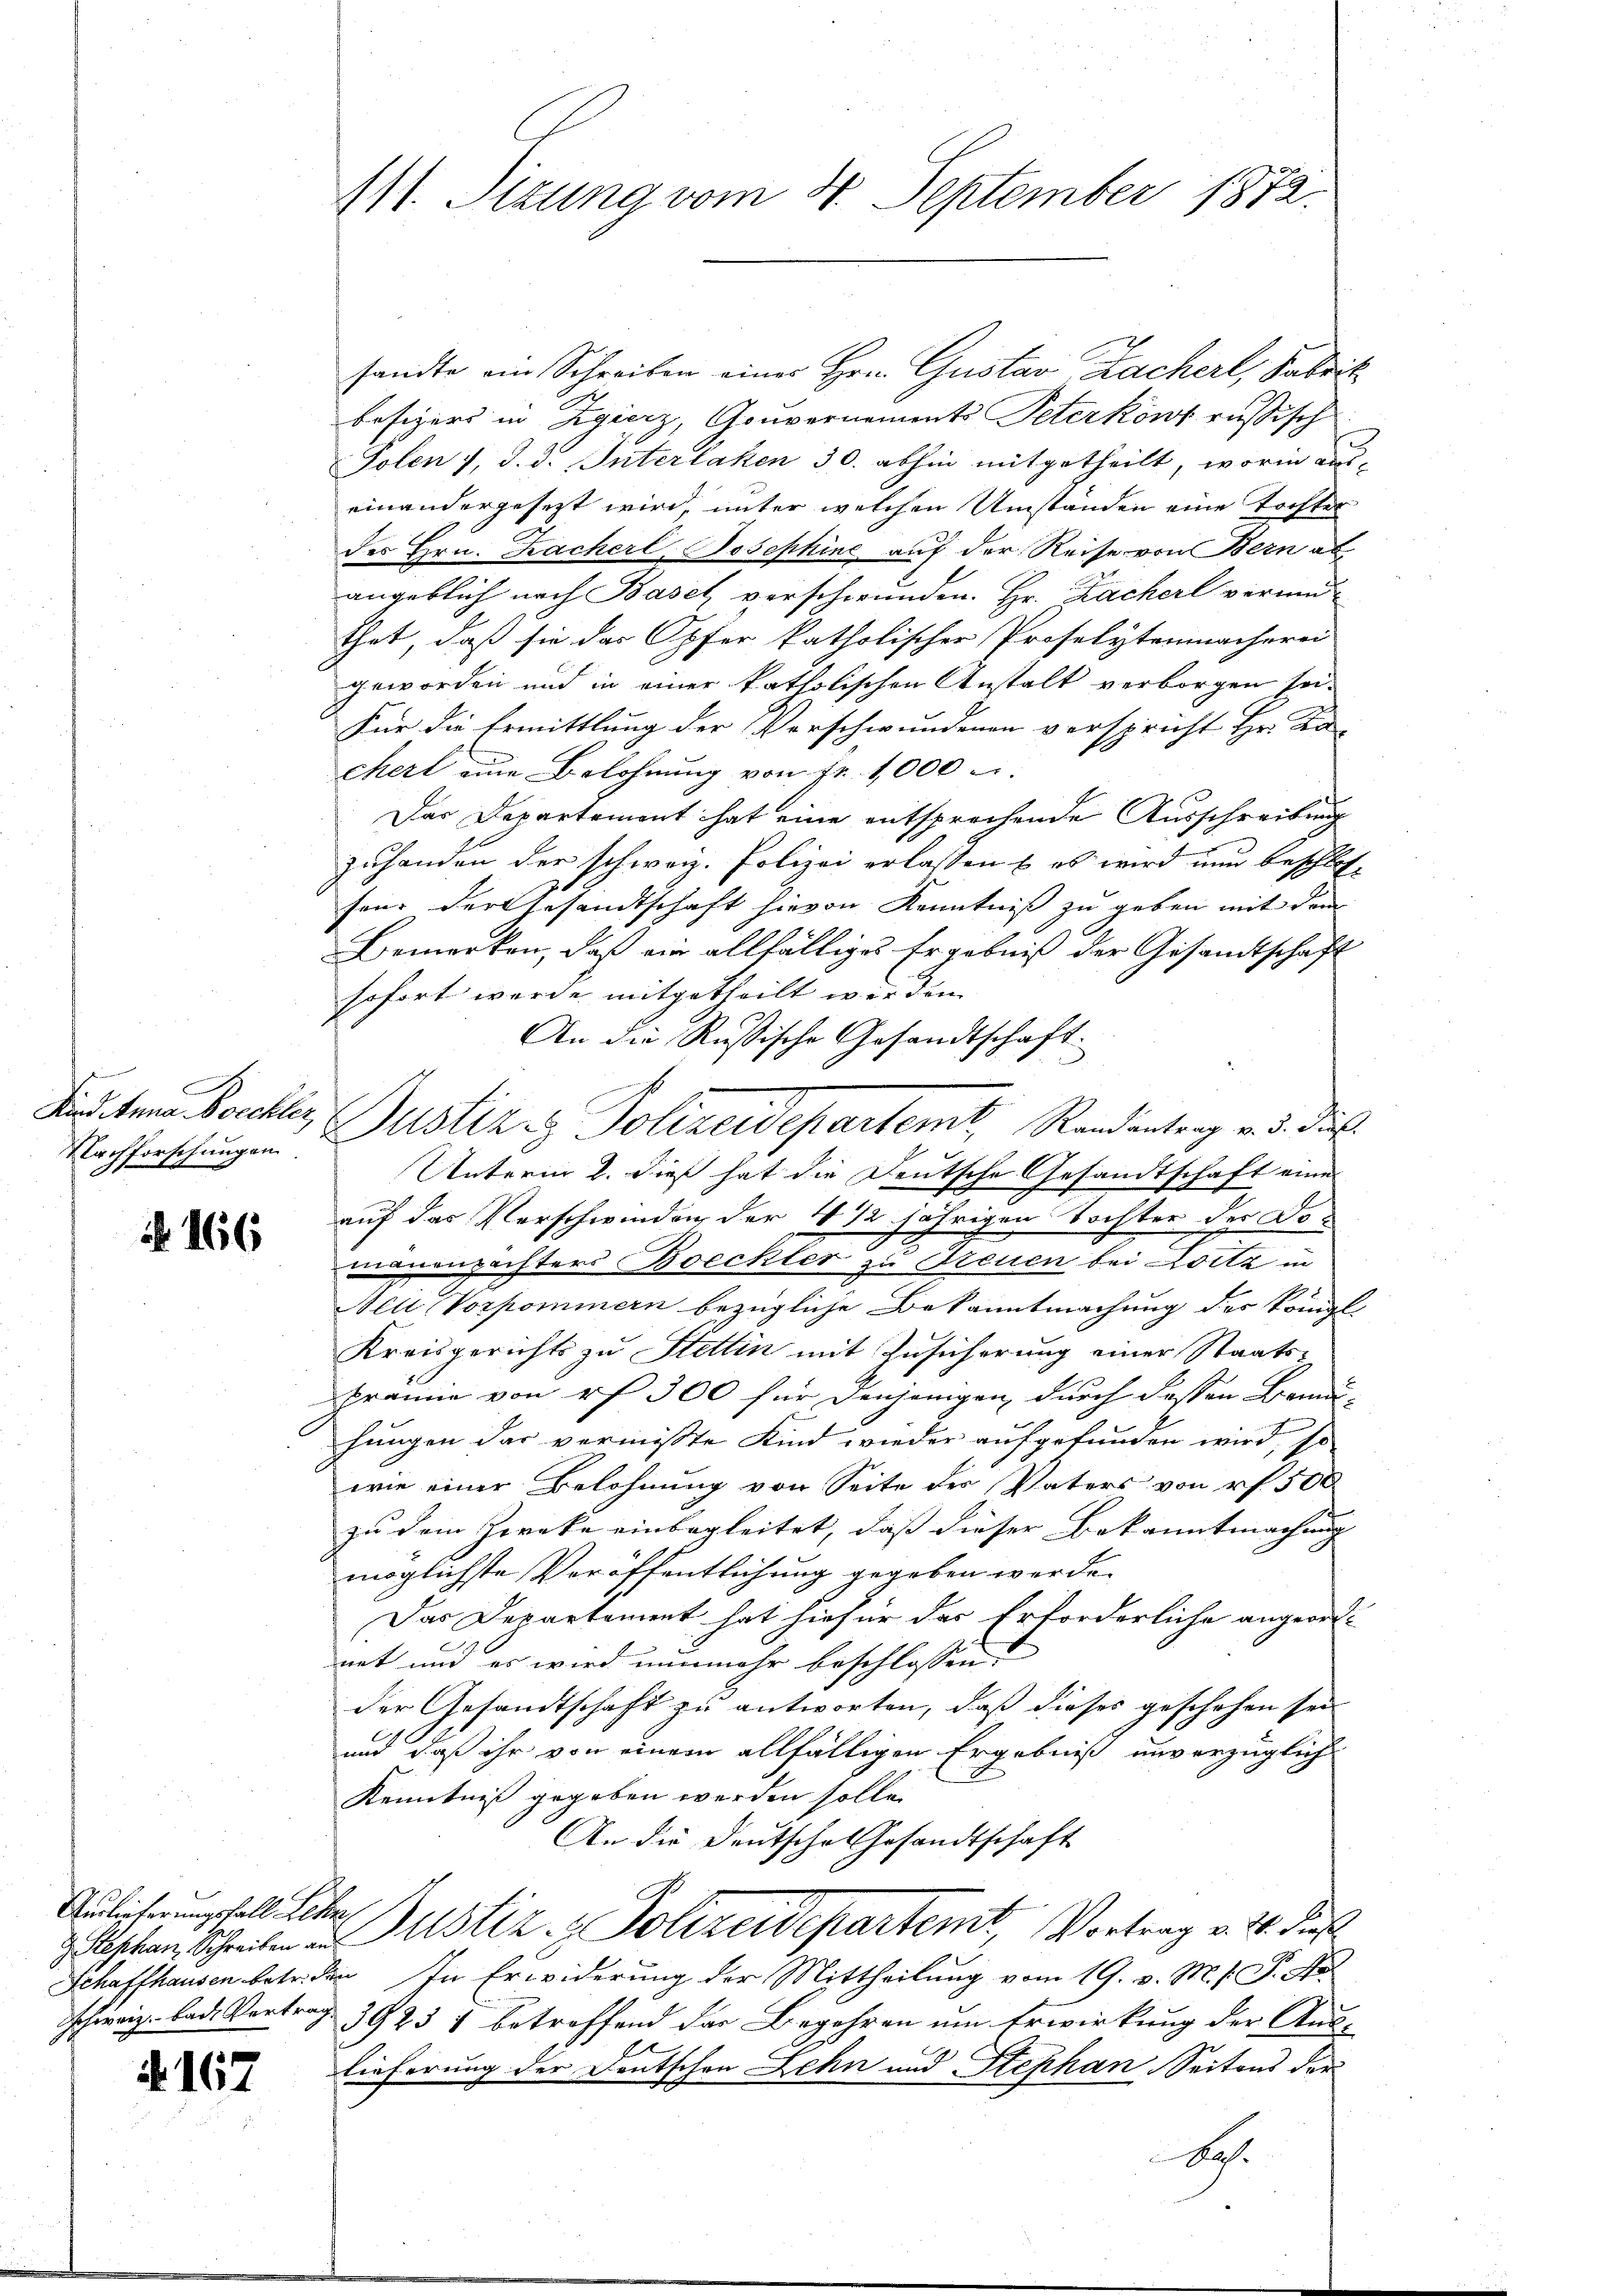
f
Nachforschungen

N 166

Auslieferungsfall Lehen,

if. 167

sandte am Schreiben eines Hrn. Gustav Lacherl, Fabrik
besizers in Regierz, Gouvernements Peterkons russisch
Polen 1, d. d. Interlaken 30. abhin mitgetheilt, worin aus-
einandergesetzt wird, unter welchen Umständen eine Tochter
des Hrn. Kacherl, Josephine auf der Reise von Bern ab
angeblich nach Basel verschwunden. Hr. Racherl verund-
thet, daß sie das Opfer katholischer Proselytenmacherei
geworden und in einer katholischen Anstalt verborgen sei.
Für die Ermittlung der Verschwundenen verspricht Hr. Ka
chert eine Belohnung von Fr. 1000
Das Departement hat eine entsprechende Ausschreibung
zuhanden der schweiz. Polizei erlassen & es wird nun beschlos-
hen: Der Gesandtschaft hievon Kenntniß zu geben mit dem
Bemerken, daß ein allfälliges Ergebniß der Gesamtschaft
sofort werde mitgetheilt worden.
An die Russische Gesandtschaft.
Sind dem Bochler, Justiz & Polizeidepartemt, Randantrag v. d. dies
Unterm 2. dieß hat die Deutsche Gesandtschaft eine
auf das Verschwinden der 4 1/2 jährigen Tochter der Doi
manenpächters Boeckter zu Treuen bei Loitz in
Nei Vorkommern bezügliche Bekanntmachung des Königl.
Kreisgerichts zu Stettin mit Zusicherung einer Staatsprämie von rf 300 für denjenigen durch dessen Bemühungen das vermisste Kind wieder aufgefunden wird, so
wie einer Belohnung von Seite des Vaters von e f 500
zu dem Zwecke einbegleitet, dass dieser Bekanntmachung |
möglichste Veröffentlichung gegeben werde.
Das Departement hat hiefür das Erforderliche angeord-
net und es wird nunmehr beschlossen:
der Gesandtschaft zu antworten, daß dieses geschehen sei
und daß ihr von einem allfälligen Ergebniß unverzüglich
Kenntniß gegeben werden solle.
An die Deutsche Gesandtschaft
C
z Beschen Schreiben des Justiz- & Polizeidepartemt, Vortrag v. 2. dies
Schaffhausen betr. den In Erwiderung der Mittheilung vom 19. v. M. h. T. No
schweiz. lade Vortrag 3923 1 betreffend der Begehren um Erwirkung der Auslieferung der Deutschen Lehn und Stephan Seitens der
So.

111. Sizung vom 4. September 1872.